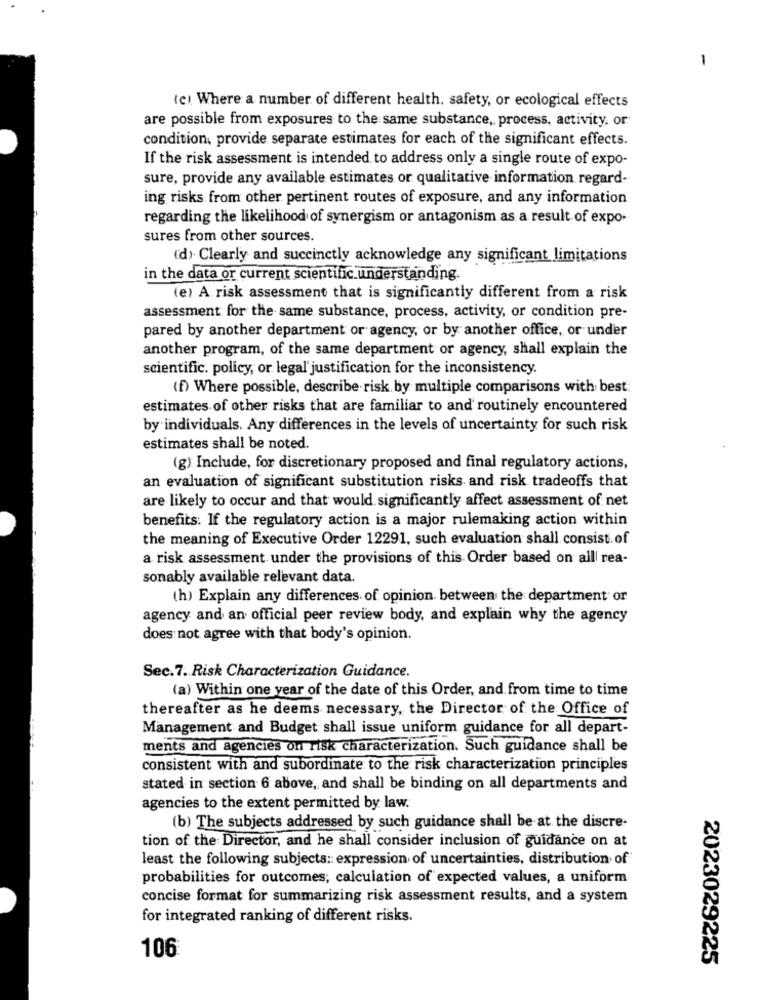
-
(c) Where a number of different health, safety, or ecological effects
are possible from exposures to the same substance, process, activity. or
condition, provide separate estimates for each of the significant effects.
If the risk assessment is intended to address only a single route of expo-
sure, provide any available estimates or qualitative information regard-
ing risks from other pertinent routes of exposure, and any information
regarding the likelihood of synergism or antagonism as a result of expo-
sures from other sources.
(d). Clearly and succinctly acknowledge any significant limitations
in the data or current scientific understanding.
(e) A risk assessment that is significantly different from a risk
assessment for the same substance, process, activity, or condition pre-
pared by another department or agency, or by another office, or under
another program, of the same department or agency, shall explain the
scientific. policy, or legal' justification for the inconsistency.
(f) Where possible, describe risk by multiple comparisons with best:
estimates of other risks that are familiar to and routinely encountered
by individuals. Any differences in the levels of uncertainty for such risk
estimates shall be noted.
(g) Include, for discretionary proposed and final regulatory actions,
an evaluation of significant substitution risks and risk tradeoffs that
are likely to occur and that would significantly affect assessment of net
benefits: If the regulatory action is a major rulemaking action within
the meaning of Executive Order 12291, such evaluation shall consist. of
a risk assessment under the provisions of this Order based on all rea-
sonably available relevant data.
(h) Explain any differences of opinion. between the department or
agency and an official peer review body, and explain why the agency
does not agree with that body's opinion.
Sec.7. Risk Characterization Guidance.
(a) Within one year of the date of this Order, and from time to time
thereafter as he deems necessary, the Director of the Office of
Management and Budget shall issue uniform guidance for all depart-
ments and agencies on risk characterization. Such guidance shall be
consistent with and subordinate to the risk characterization principles
stated in section 6 above, and shall be binding on all departments and
agencies to the extent permitted by law.
(b) The subjects addressed by such guidance shall be at the discre-
tion of the Director, and he shall consider inclusion of guidance on at
least the following subjects: expression of uncertainties, distribution of
probabilities for outcomes; calculation of expected values, a uniform
concise format for summarizing risk assessment results, and a system
for integrated ranking of different risks.
106
2023029225